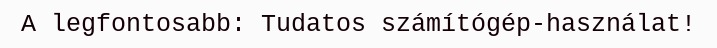
A legfontosabb: Tudatos számítógép-használat!